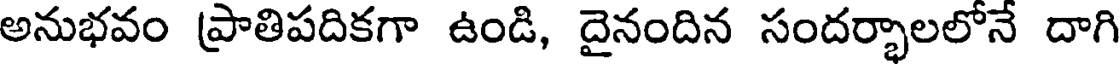
అనుభవం ప్రాతిపదికగా ఉండి, దైనందిన సందర్భాలలోనే దాగి